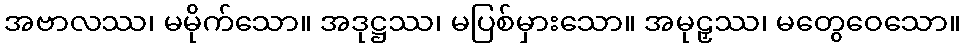
အဗာလဿ၊ မမိုက်သော။ အဒုဋ္ဌဿ၊ မပြစ်မှားသော။ အမုဠှဿ၊ မတွေဝေသော။